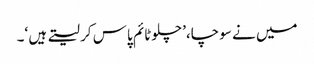
میں نے سوچا،’ چلوٹائم پاس کر لیتے ہیں ‘۔